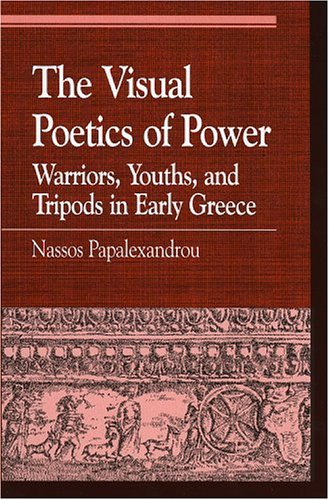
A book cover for The Visual Poetics of Power: Warriors, Youths, and Tripods in Early Greece (Greek Studies: Interdisciplinary Approaches); Nassos Papalexandrou; History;